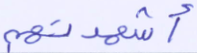
أشهدتهم